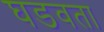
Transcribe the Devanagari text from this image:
घडवता